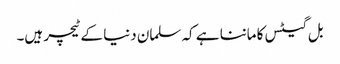
بل گیٹس کا ماننا ہے کہ سلمان دنیا کے ٹیچر ہیں۔